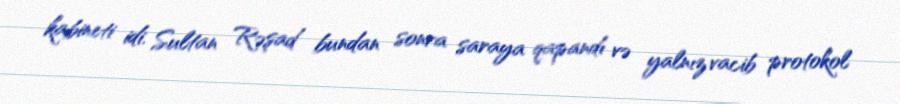
kabineti idi. Sultan Rəşad bundan sonra saraya qapandı və yalnız vacib protokol